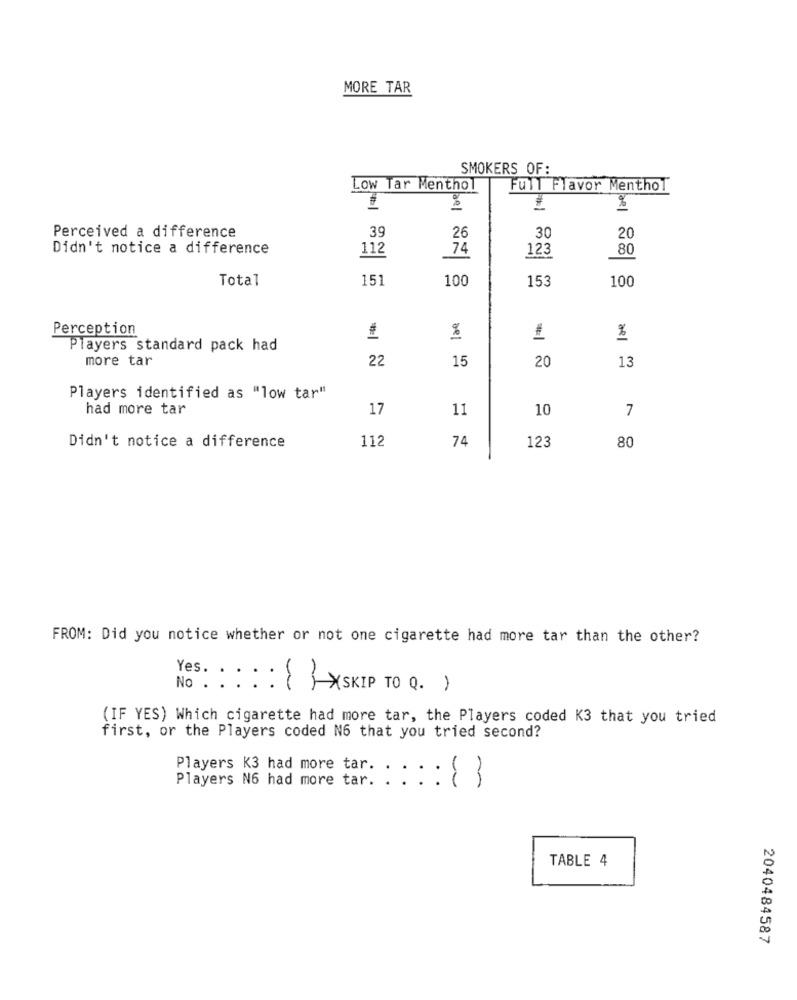
MORE TAR
SMOKERS OF:
Low Tar Menthol
Full Flavor Menthol
39
26
Perceived a difference
30
20
Didn't notice a difference
112
74
123
80
Total
151
100
153
100
Perception
%
1
%
Players standard pack had
more tar
22
15
20
13
Players identified as "low tar"
had more tar
17
11
10
7
112
74
123
Didn't notice a difference
80
FROM: Did you notice whether or not one cigarette had more tar than the other?
Yes. . .
No . . :
: : { XSKIP TO Q)
(IF YES) Which cigarette had more tar, the Players coded K3 that you tried
first, or the Players coded N6 that you tried second?
Players K3 had more tar.
Players N6 had more tar.
::: 83
TABLE 4
2040484587